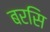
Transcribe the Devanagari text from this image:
बरसि